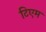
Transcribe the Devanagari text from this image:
टिएम